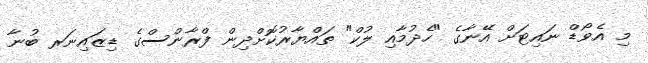
މި އެވޯޑް ނައިޓަށް އޭނާގެ "ހެދުމާއި ލުކް" ތައްޔާރުކޮށްދިން ފްރާންސްގެ ޑިޒައިނަރ ބުނާ